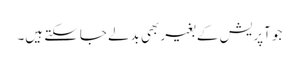
جو آپریش کے بغیر بھی بدلے جاسکتے ہیں۔